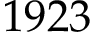
1 9 2 3